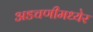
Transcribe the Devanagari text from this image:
अडचणीमध्येर